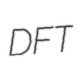
DFT